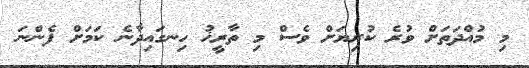
މި މުއްދަތަށް ވުރެ ކުރިޔަށް ވެސް މި ތާރީޚު ހިނގައިދާނެ ކަމަށް ފެންނަ